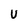
Character: U